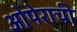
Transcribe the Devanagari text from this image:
ओपेराची